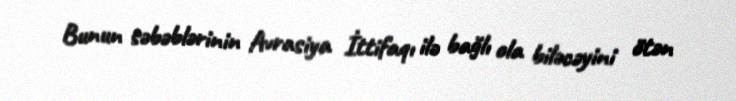
Bunun səbəblərinin Avrasiya İttifaqı ilə bağlı ola biləcəyini ötən